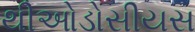
થીઓડોસીયસ